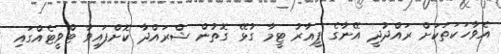
އެވާހަކަތަކަށް ރައްދުދީ އޭނާގެ ޕީއާރު ޓީމާ ގުޅޭ ގޮތުން ޝްރައްދާ ކޮށްފައިވާ ޓްވީޓެއްގައި